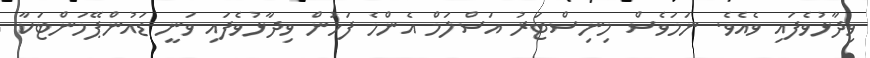
ވިދާޅުވެފައި ވެއެވެ. ނަމަވެސް މިނިސްޓަރު އަސްލަމް އެންމެ ފަހުން ވިދާޅުވެފައި ވަނީ ޑައުންޕޭމަންޓަކާ